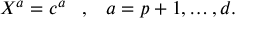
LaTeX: X ^ { a } = c ^ { a } \; \; \; , \; \; \; a = p + 1 , \ldots , d .